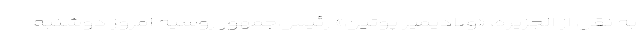
به نقل از الجزیره، «ولادیمیر پوتین» رئیس‌جمهور روسیه امروز دوشنبه